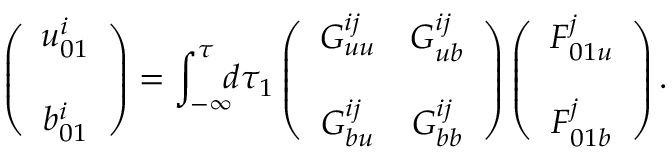
\left( { \begin{array} { c } { u _ { 0 1 } ^ { i } } \\ { b _ { 0 1 } ^ { i } \rule { 0 ex } { 5 ex } } \end{array} } \right) = \int _ { - \infty } ^ { \tau } \! \! \! d \tau _ { 1 } \left( { \begin{array} { c c } { G _ { u u } ^ { i j } } & { G _ { u b } ^ { i j } } \\ { G _ { b u } ^ { i j } } & { G _ { b b } ^ { i j } \rule { 0 ex } { 5 ex } } \end{array} } \right) \left( { \begin{array} { c } { F _ { 0 1 u } ^ { j } } \\ { F _ { 0 1 b } ^ { j } \rule { 0 ex } { 5 ex } } \end{array} } \right) .